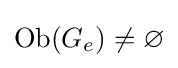
{\text{Ob}}(G_{e})\neq \varnothing